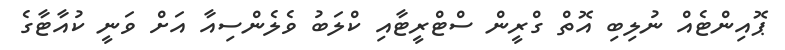
ޕޮއިންޓެއް ނުލިބި އޮތް ގްރީން ސްޓްރީޓާއި ކްލަބު ވެލެންސިއާ އަށް ވަނީ ކުއާޓާގެ